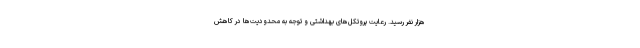
هزار نفر رسید. رعایت پروتکل‌های بهداشتی و توجه به محدودیت‌ها در کاهش